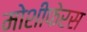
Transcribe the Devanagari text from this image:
मोशीफेरस